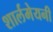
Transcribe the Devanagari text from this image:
शार्लमेयनी